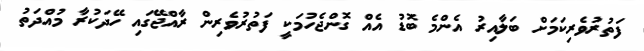
ފަތުރުވެރިކަމަށް ބަލާއިރު އެންމެ ބޮޑު އެއް ގޮންޖެހުމަކީ ފަތުރުވެރިން ރާއްޖޭގައި ހޭދަކުރާ މުއްދަތު